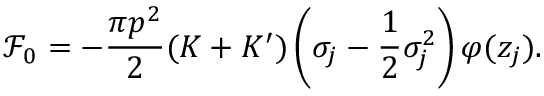
\mathcal F _ { 0 } = - \frac { \pi p ^ { 2 } } { 2 } ( K + K ^ { \prime } ) \left( \sigma _ { j } - \frac { 1 } { 2 } \sigma _ { j } ^ { 2 } \right) \varphi ( z _ { j } ) .